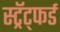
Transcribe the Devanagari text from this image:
स्ट्रॅट्फर्ड